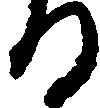
る